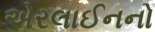
એરલાઈનનો